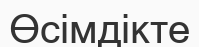
Өсімдікте